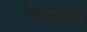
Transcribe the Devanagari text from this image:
निघायचं